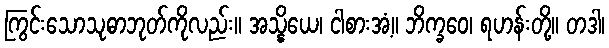
ကြွင်းသောသုဓာဘုတ်ကိုလည်း။ အသ္နိယေ၊ ငါစားအံ့။ ဘိက္ခဝေ၊ ရဟန်းတို့။ တဒါ၊